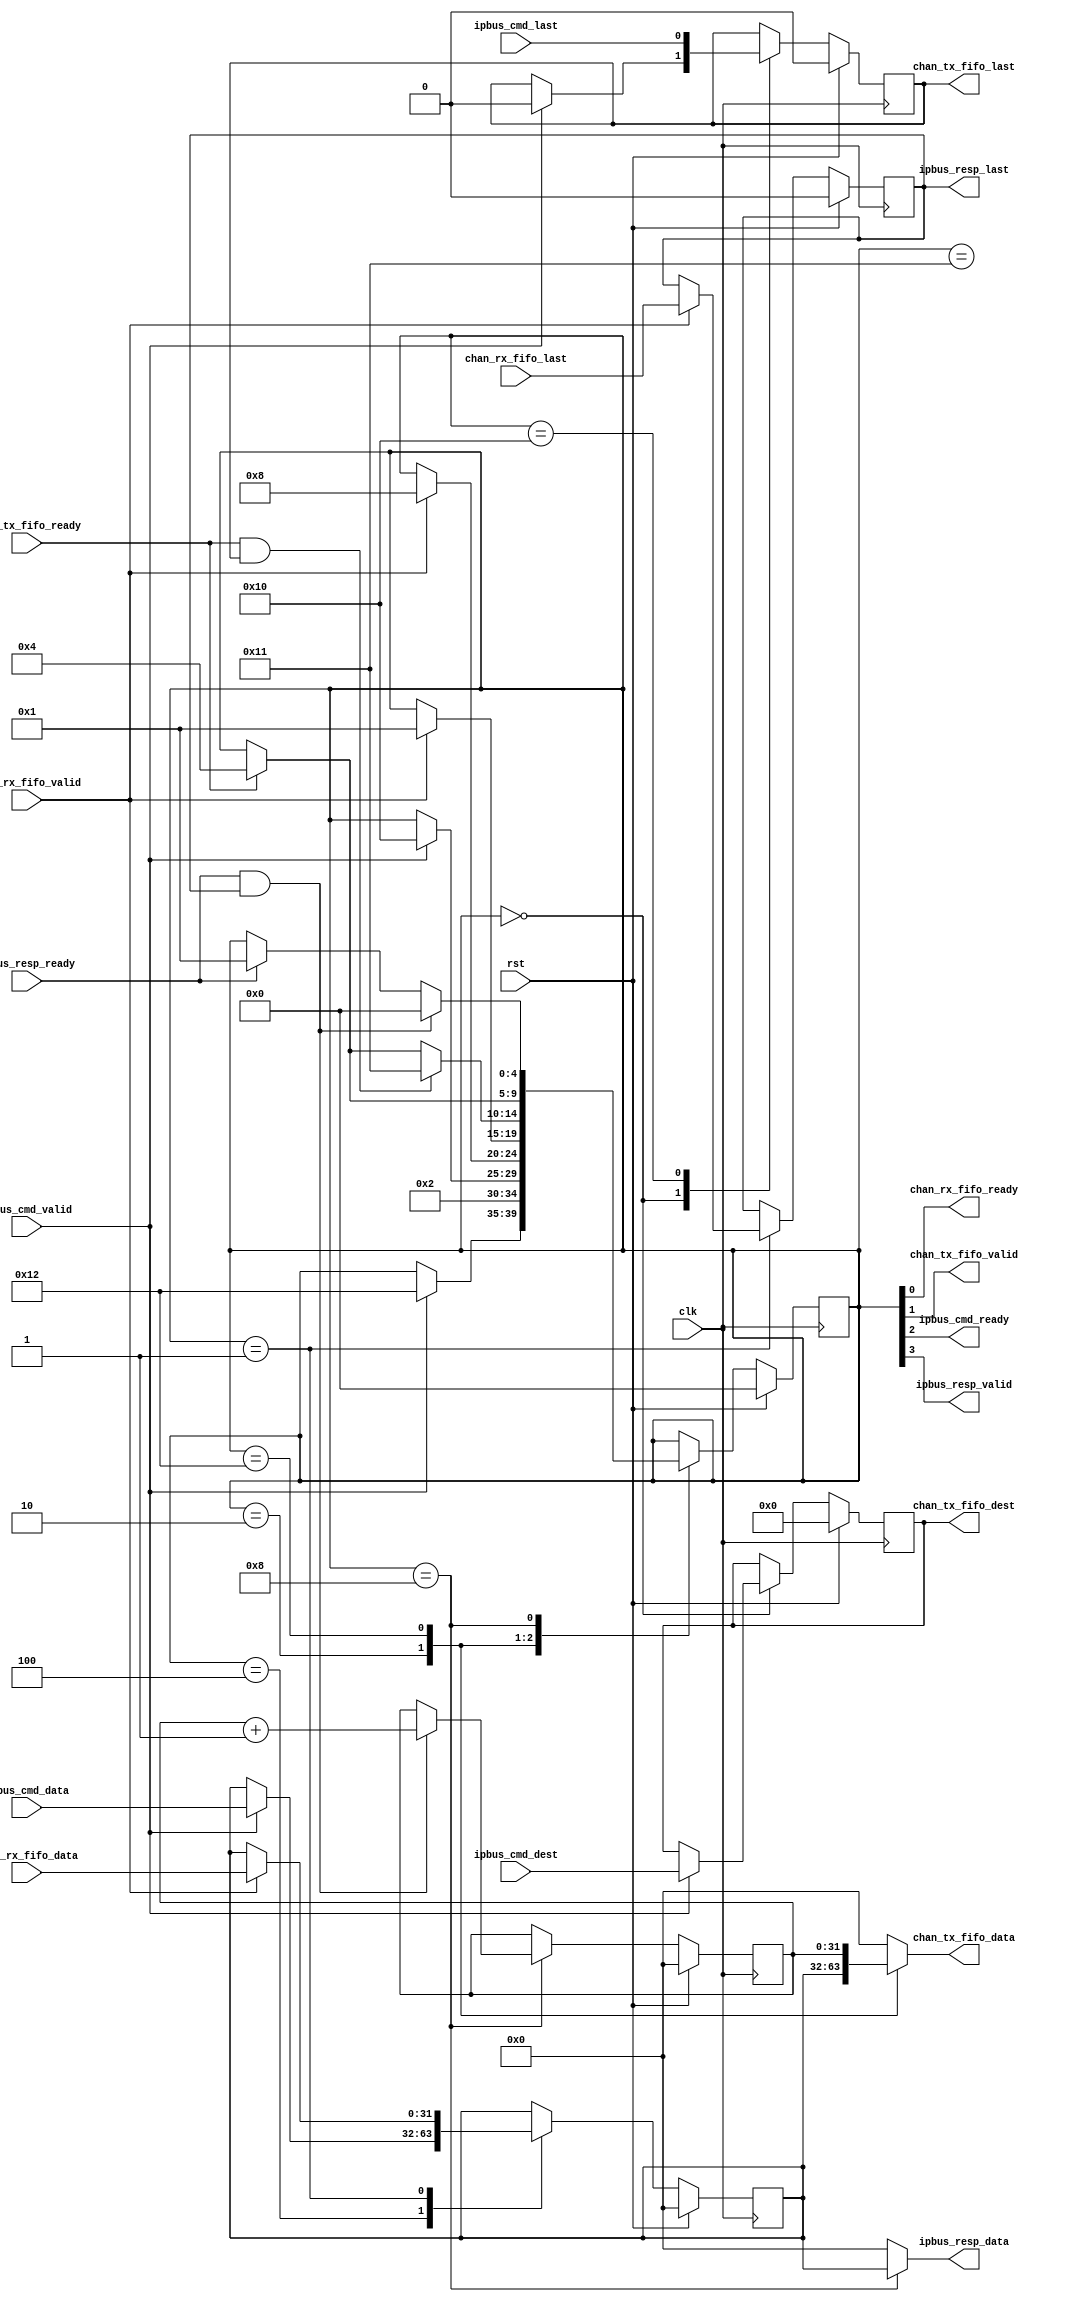

// Created by fizzim.pl version 4.42 on 2014:07:09 at 09:36:37 (www.fizzim.com)

module commandManager (
  output wire chan_rx_fifo_ready,
  output reg [31:0] chan_tx_fifo_data,
  output reg [3:0] chan_tx_fifo_dest,
  output reg chan_tx_fifo_last,
  output wire chan_tx_fifo_valid,
  output wire ipbus_cmd_ready,
  output reg [31:0] ipbus_resp_data,
  output reg ipbus_resp_last,
  output wire ipbus_resp_valid,
  input wire [31:0] chan_rx_fifo_data,
  input wire chan_rx_fifo_last,
  input wire chan_rx_fifo_valid,
  input wire chan_tx_fifo_ready,
  input wire clk,
  input wire [31:0] ipbus_cmd_data,
  input wire [3:0] ipbus_cmd_dest,
  input wire ipbus_cmd_last,
  input wire ipbus_cmd_valid,
  input wire ipbus_resp_ready,
  input wire rst 
);
  
  // state bits
  parameter 
  IDLE       = 5'b00000, // extra=0 ipbus_resp_valid=0 ipbus_cmd_ready=0 chan_tx_fifo_valid=0 chan_rx_fifo_ready=0 
  CHECK_LAST = 5'b10000, // extra=1 ipbus_resp_valid=0 ipbus_cmd_ready=0 chan_tx_fifo_valid=0 chan_rx_fifo_ready=0 
  READ_CMD   = 5'b00100, // extra=0 ipbus_resp_valid=0 ipbus_cmd_ready=1 chan_tx_fifo_valid=0 chan_rx_fifo_ready=0 
  READ_RESP  = 5'b00001, // extra=0 ipbus_resp_valid=0 ipbus_cmd_ready=0 chan_tx_fifo_valid=0 chan_rx_fifo_ready=1 
  READ_RSN   = 5'b10001, // extra=1 ipbus_resp_valid=0 ipbus_cmd_ready=0 chan_tx_fifo_valid=0 chan_rx_fifo_ready=1 
  SEND_CMD   = 5'b00010, // extra=0 ipbus_resp_valid=0 ipbus_cmd_ready=0 chan_tx_fifo_valid=1 chan_rx_fifo_ready=0 
  SEND_CSN   = 5'b10010, // extra=1 ipbus_resp_valid=0 ipbus_cmd_ready=0 chan_tx_fifo_valid=1 chan_rx_fifo_ready=0 
  SEND_RESP  = 5'b01000; // extra=0 ipbus_resp_valid=1 ipbus_cmd_ready=0 chan_tx_fifo_valid=0 chan_rx_fifo_ready=0 
  
  reg [4:0] state;
  reg [4:0] nextstate;
  reg [31:0] buffer;
  reg [31:0] csn;
  reg [31:0] next_buffer;
  reg [3:0] next_chan_tx_fifo_dest;
  reg next_chan_tx_fifo_last;
  reg [31:0] next_csn;
  reg next_ipbus_resp_last;
  
  // comb always block
  always @* begin
    nextstate = state; // default to hold value because implied_loopback is set
    chan_tx_fifo_data[31:0] = 0; // default
    ipbus_resp_data[31:0] = 0; // default
    next_buffer[31:0] = buffer[31:0];
    next_chan_tx_fifo_dest[3:0] = chan_tx_fifo_dest[3:0];
    next_chan_tx_fifo_last = chan_tx_fifo_last;
    next_csn[31:0] = csn[31:0];
    next_ipbus_resp_last = ipbus_resp_last;
    case (state)
      IDLE      : begin
        if (ipbus_cmd_valid) begin
          nextstate = SEND_CSN;
          next_chan_tx_fifo_last = 0;
          next_chan_tx_fifo_dest[3:0] = ipbus_cmd_dest[3:0];
        end
      end
      CHECK_LAST: begin
        begin
          nextstate = SEND_CMD;
          next_chan_tx_fifo_last = ipbus_cmd_last;
        end
      end
      READ_CMD  : begin
        if (ipbus_cmd_valid) begin
          nextstate = CHECK_LAST;
          next_buffer[31:0] = ipbus_cmd_data[31:0];
        end
      end
      READ_RESP : begin
        if (chan_rx_fifo_valid) begin
          nextstate = SEND_RESP;
          next_buffer[31:0] = chan_rx_fifo_data[31:0];
          next_ipbus_resp_last = chan_rx_fifo_last;
        end
      end
      READ_RSN  : begin
        if (chan_rx_fifo_valid) begin
          nextstate = READ_RESP;
        end
      end
      SEND_CMD  : begin
        chan_tx_fifo_data[31:0] = buffer[31:0];
        if (chan_tx_fifo_ready && chan_tx_fifo_last) begin
          nextstate = READ_RSN;
        end
        else if (chan_tx_fifo_ready) begin
          nextstate = READ_CMD;
        end
      end
      SEND_CSN  : begin
        chan_tx_fifo_data[31:0] = csn[31:0];
        if (chan_tx_fifo_ready) begin
          nextstate = READ_CMD;
        end
      end
      SEND_RESP : begin
        ipbus_resp_data[31:0] = buffer[31:0];
        if (ipbus_resp_ready && ipbus_resp_last) begin
          nextstate = IDLE;
          next_csn[31:0] = csn[31:0]+1;
        end
        else if (ipbus_resp_ready) begin
          nextstate = READ_RESP;
        end
      end
    endcase
  end
  
  // Assign reg'd outputs to state bits
  assign chan_rx_fifo_ready = state[0];
  assign chan_tx_fifo_valid = state[1];
  assign ipbus_cmd_ready = state[2];
  assign ipbus_resp_valid = state[3];
  
  // sequential always block
  always @(posedge clk) begin
    if (rst) begin
      state <= IDLE;
      buffer[31:0] <= 0;
      chan_tx_fifo_dest[3:0] <= 0;
      chan_tx_fifo_last <= 0;
      csn[31:0] <= 0;
      ipbus_resp_last <= 0;
      end
    else begin
      state <= nextstate;
      buffer[31:0] <= next_buffer[31:0];
      chan_tx_fifo_dest[3:0] <= next_chan_tx_fifo_dest[3:0];
      chan_tx_fifo_last <= next_chan_tx_fifo_last;
      csn[31:0] <= next_csn[31:0];
      ipbus_resp_last <= next_ipbus_resp_last;
      end
  end
  
  // This code allows you to see state names in simulation
  `ifndef SYNTHESIS
  reg [79:0] statename;
  always @* begin
    case (state)
      IDLE      :
        statename = "IDLE";
      CHECK_LAST:
        statename = "CHECK_LAST";
      READ_CMD  :
        statename = "READ_CMD";
      READ_RESP :
        statename = "READ_RESP";
      READ_RSN  :
        statename = "READ_RSN";
      SEND_CMD  :
        statename = "SEND_CMD";
      SEND_CSN  :
        statename = "SEND_CSN";
      SEND_RESP :
        statename = "SEND_RESP";
      default   :
        statename = "XXXXXXXXXX";
    endcase
  end
  `endif

endmodule